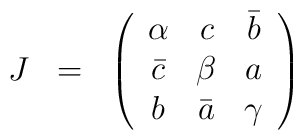
\begin{array}{ccc} 	J &	= &	\left(\begin{array}{ccc}	\alpha & c & \bar{b} \\	\bar{c} & \beta & a \\	b & \bar{a} & \gamma	\end{array}\right)	\end{array}